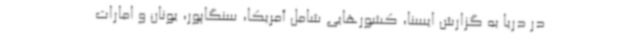
در دریا به گزارش ایسنا، کشورهایی شامل آمریکا، سنگاپور، یونان و امارات